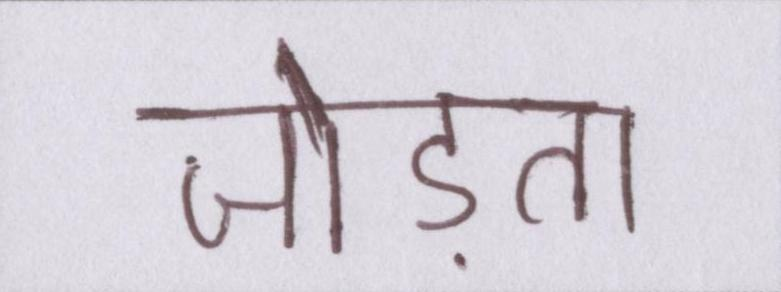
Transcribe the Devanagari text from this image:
जोड़ता